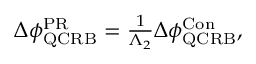
\begin{array} { r } { \Delta \phi _ { \mathrm { { Q C R B } } } ^ { \mathrm { { P R } } } = \frac { 1 } { \Lambda _ { 2 } } \Delta \phi _ { \mathrm { { Q C R B } } } ^ { \mathrm { { C o n } } } , } \end{array}